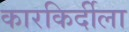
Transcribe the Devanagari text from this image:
कारकिर्दीला